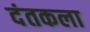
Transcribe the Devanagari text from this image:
दंतकला